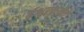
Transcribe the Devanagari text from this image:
ईश्वरकृपेने